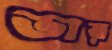
ভার